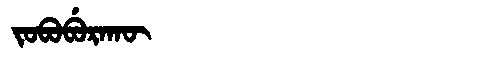
Manchu: ᠵᠣᠪᠣᠪᡠᡵᠠᡴᡡ
Romanization: JOBOBURAKŪ